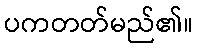
ပကတတ်မည်၏။